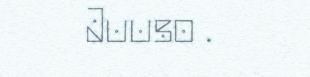
Juuso .